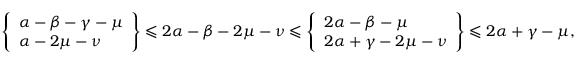
\left\{ \begin{array} { l } { \alpha - \beta - \gamma - \mu \smallskip } \\ { \alpha - 2 \mu - \nu \smallskip } \end{array} \right\} \leqslant 2 \alpha - \beta - 2 \mu - \nu \leqslant \left\{ \begin{array} { l } { 2 \alpha - \beta - \mu \smallskip } \\ { 2 \alpha + \gamma - 2 \mu - \nu \smallskip } \end{array} \right\} \leqslant 2 \alpha + \gamma - \mu ,